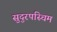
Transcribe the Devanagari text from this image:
सुदुरपस्चिम